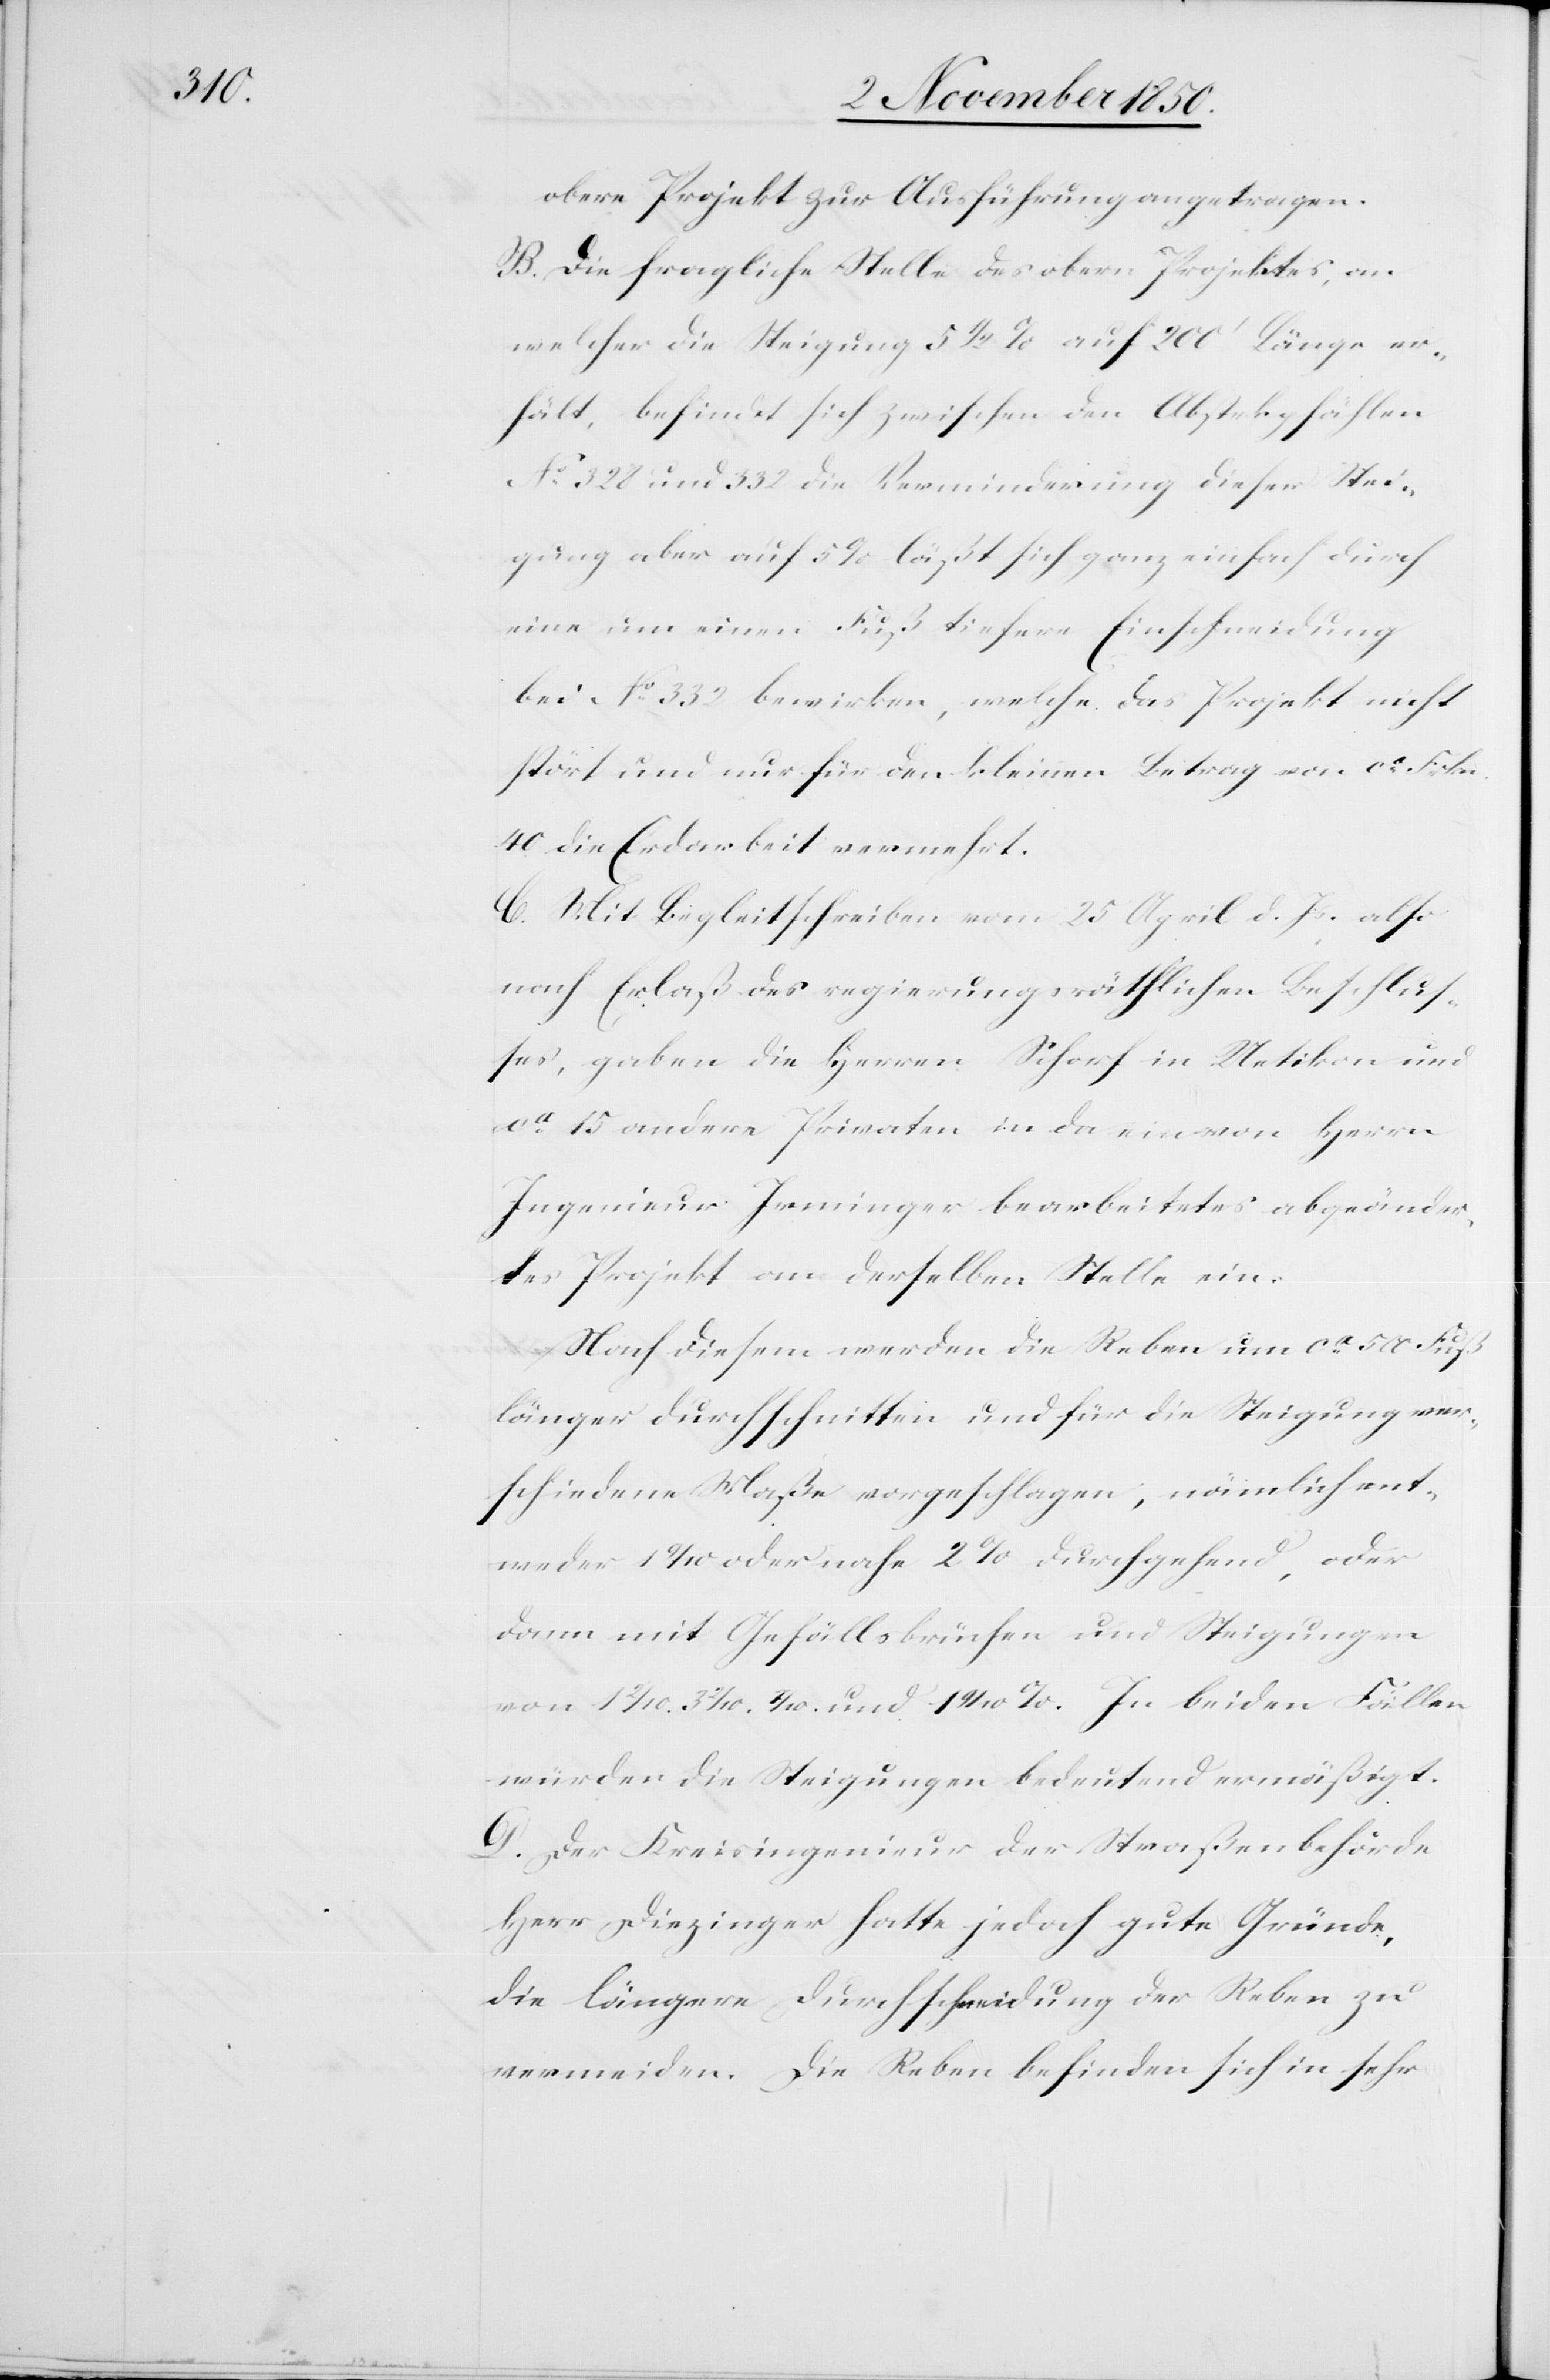
obere Projekt zur Ausführung angetragen.
B. Die fragliche Stelle des obern Projektes, an
welcher die Steigung 5 1/2 % auf 200‘ Länge er¬
hält, befindet sich zwischen den Abstekgefällen
No 328 und 332 die Verminderung dieser Stei¬
gung aber auf 5 % läßt sich ganz einfach durch
eine um einen Fuß tiefere Einschneidung
bei No 332 bewirken, welche das Projekt nicht
stört und nur für den kleinen Betrag von ca Frkn.
40 die Erdarbeit vermehrt.
C. Mit Begleitschreiben vom 25 April d. Js. also
nach Erlaß des regierungsräthlichen Beschlus¬
ses, gaben die Herren Schorf [sic!] in Uetikon und
ca 15 andere Privaten in da ein von Herrn
Ingenieur Irminger bearbeitetes abgeänder¬
tes Projekt an derselben Stelle ein.
Nach diesem werden die Reben um ca 500 Fuß
länger durchschnitten und für die Steigung ver¬
schiedene Maße vorgeschlagen, nämlich ent¬
weder 1 2/10 oder nahe 2 % durchgehend, oder
dann mit Gefällsbrüchen und Steigungen
würden die Steigungen bedeutend ermäßigt.
D. Der Kreisingenieur der Straßenbehörde
Herr Diezinger hatte jedoch gute Gründe,
die längere Durchschneidung der Reben zu
vermeiden. Die Reben befinden sich in sehr